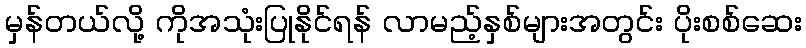
မှန်တယ်လို့ ကိုအသုံးပြုနိုင်ရန် လာမည့်နှစ်များအတွင်း ပိုးစစ်ဆေး